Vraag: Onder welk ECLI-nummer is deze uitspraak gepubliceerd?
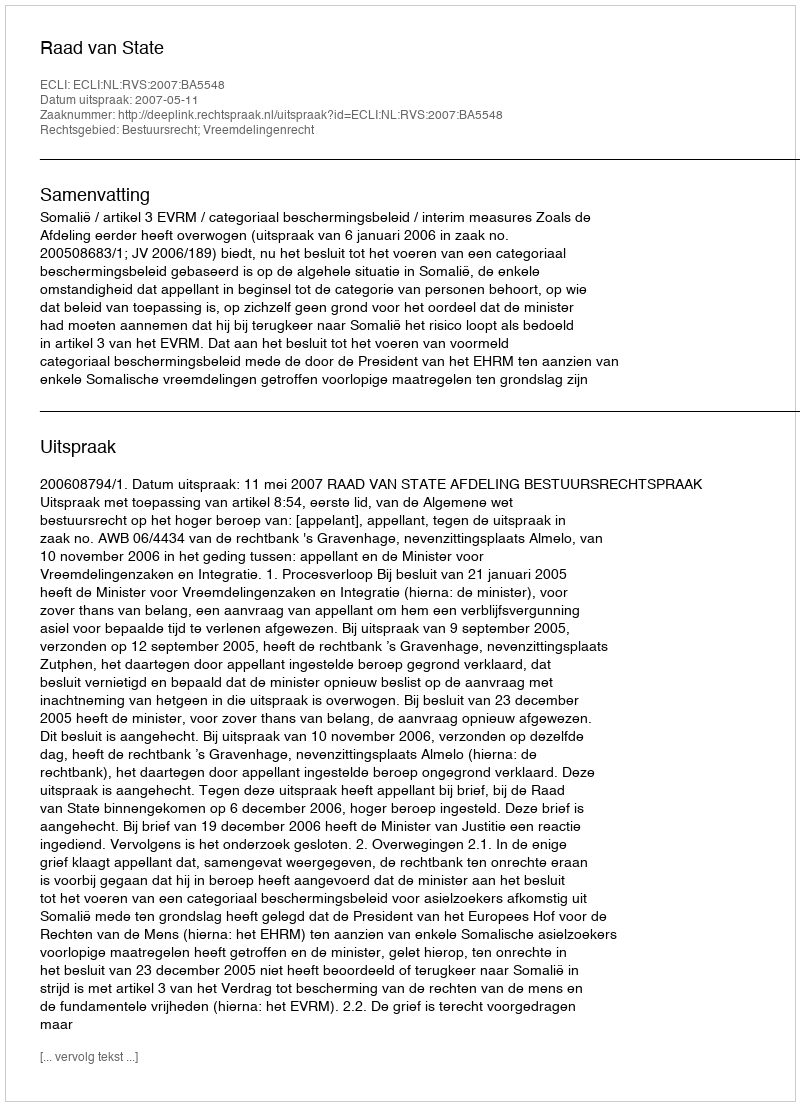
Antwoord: ECLI:NL:RVS:2007:BA5548